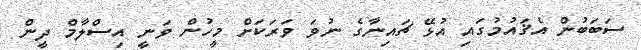
ސަބަބުން އެޤައުމުގައި އުޅޭ ޗައިނާގެ ނުވަ ވަރަކަށް މީހުން ވަނީ އިސްލާމް ދީން